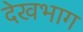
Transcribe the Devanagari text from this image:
देखभाग